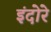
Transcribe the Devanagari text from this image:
इंदोरे